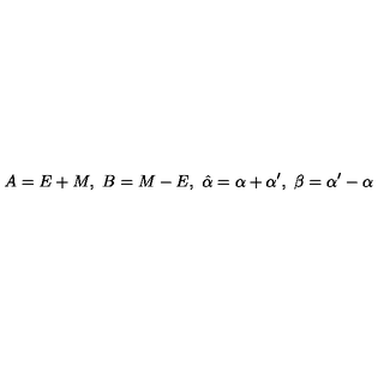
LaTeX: A = E + { M } , \ B = { M } - E , \ \hat { \alpha } = \alpha + \alpha ^ { \prime } , \ \beta = \alpha ^ { \prime } - \alpha